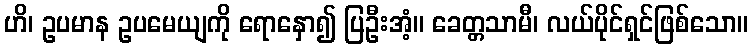
ဟိ၊ ဥပမာန ဥပမေယျကို ရောနှော၍ ပြဦးအံ့။ ခေတ္တသာမီ၊ လယ်ပိုင်ရှင်ဖြစ်သော။